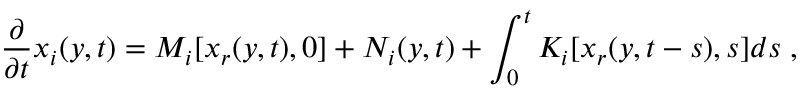
\frac { \partial } { \partial t } x _ { i } ( y , t ) = M _ { i } [ x _ { r } ( y , t ) , 0 ] + { \cal N } _ { i } ( y , t ) + \int _ { 0 } ^ { t } K _ { i } [ x _ { r } ( y , t - s ) , s ] d s \; ,